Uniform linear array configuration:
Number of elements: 32
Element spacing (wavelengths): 1
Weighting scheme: hamming
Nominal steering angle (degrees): -45
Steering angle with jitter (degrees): -46.158
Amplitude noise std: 0.05
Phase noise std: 0.05

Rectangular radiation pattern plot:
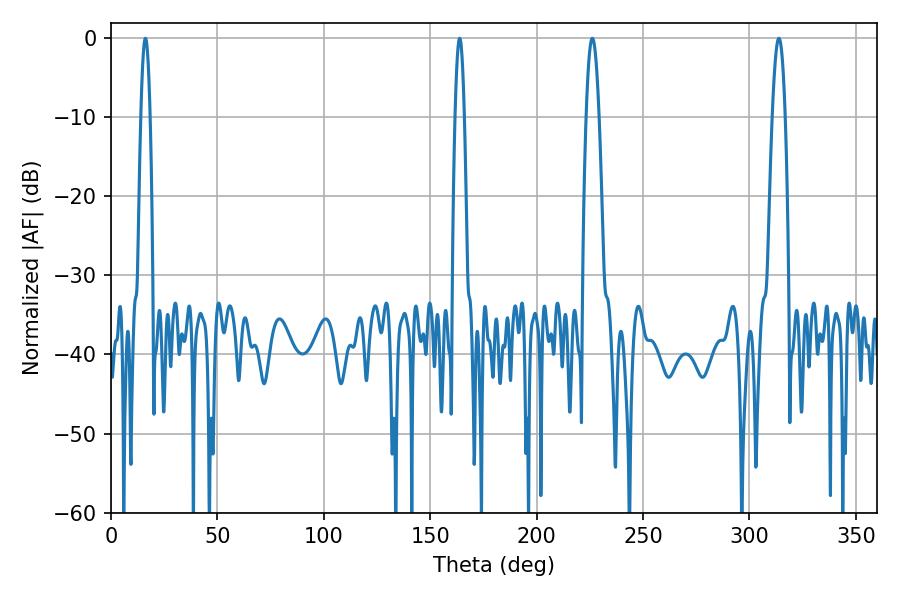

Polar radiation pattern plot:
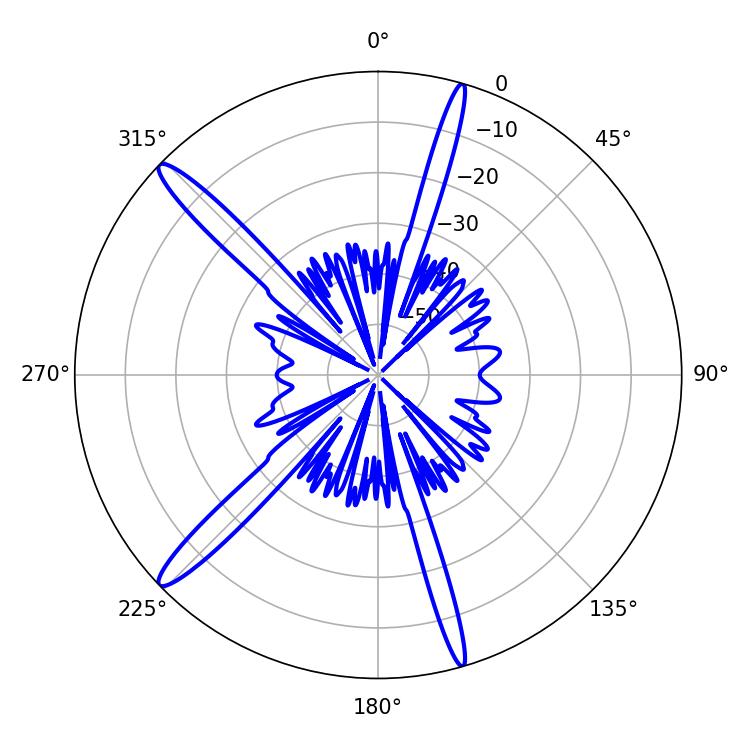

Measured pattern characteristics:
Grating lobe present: TRUE
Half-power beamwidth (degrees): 2.34
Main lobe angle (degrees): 16.2